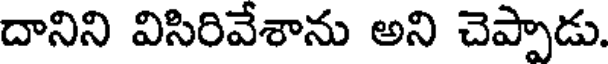
దానిని విసిరివేశాను అని చెప్పాడు.